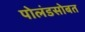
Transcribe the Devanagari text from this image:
पोलंडसोबत